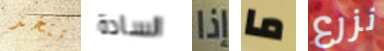
تتخذ السادة إذا ما نزرع